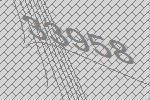
33958